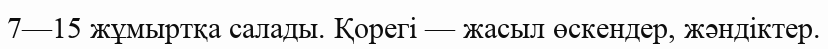
7—15 жұмыртқа салады. Қорегі — жасыл өскендер, жәндіктер.